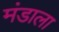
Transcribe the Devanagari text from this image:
मंडाला